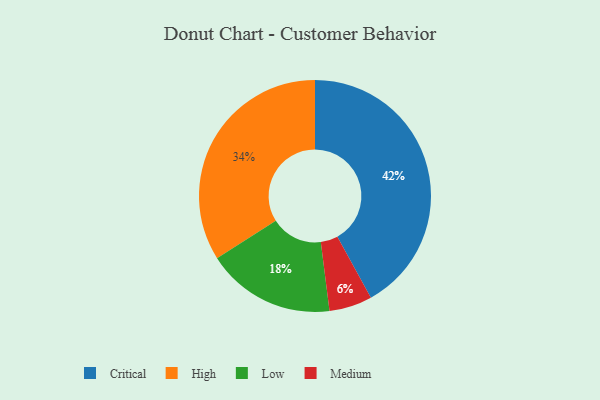
{"axis": {"x": "Category", "y": "Percentage"}, "legend": ["Critical", "High", "Low", "Medium"], "data": [{"x": "Low", "y": 18, "type": "Low"}, {"x": "High", "y": 34, "type": "High"}, {"x": "Medium", "y": 6, "type": "Medium"}, {"x": "Critical", "y": 42, "type": "Critical"}]}